Report on vaccination in the Province of Bengal - 1874-1889
Year: 1874
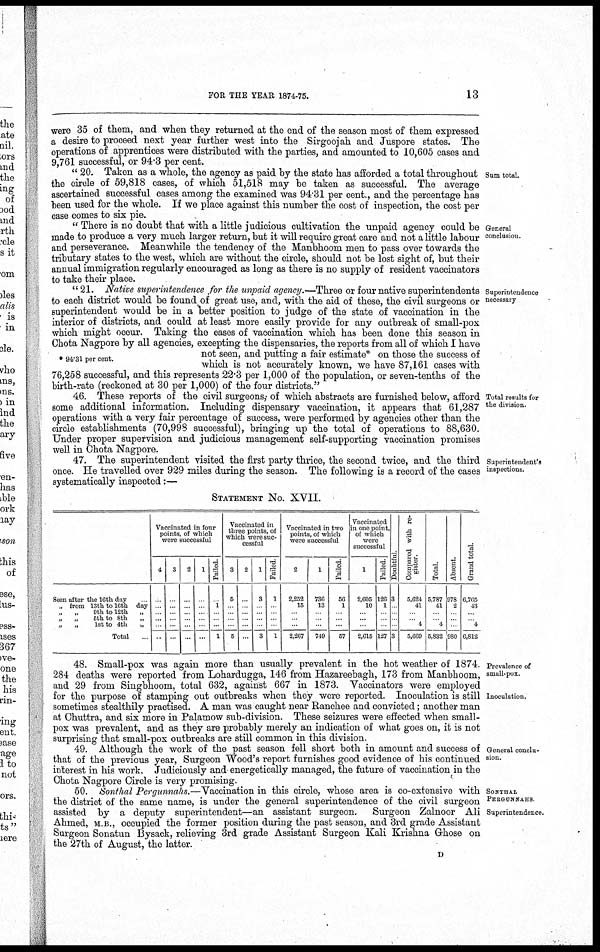
FOR THE YEAR 1874-75.
13
were 35 of them, and when they returned at the end of the season most of them expressed
a desire to proceed next year further west into the Sirgoojah and Juspore states. The
operations of apprentices were distributed with the parties, and amounted to 10,605 cases and
9,761 successful, or 94.3 per cent.
Sum total.
" 20. Taken as a whole, the agency as paid by the state has afforded a total throughout
the circle of 59,818 cases, of which 51,518 may be taken as successful. The average
ascertained successful cases among the examined was 94.31 per cent., and the percentage has
been used for the whole. If we place against this number the cost of inspection, the cost per
case comes to six pie.
General
conclusion.
" There is no doubt that with a little judicious cultivation the unpaid agency could be
made to produce a very much larger return, but it will require great care and not a little labour
and perseverance. Meanwhile the tendency of the Manbhoom men to pass over towards the
tributary states to the west, which are without the circle, should not be lost sight of, but their
annual immigration regularly encouraged as long as there is no supply of resident vaccinators
to take their place.
Superintendence
necessary
" 21. Native superintendence for the unpaid agency.—Three or four native superintendents
to each district would be found of great use, and, with the aid of these, the civil surgeons or
superintendent would be in a better position to judge of the state of vaccination in the
interior of districts, and could at least more easily provide for any outbreak of small-pox
which might occur. Taking the cases of vaccination which has been done this season in
* 94.31 per cent.
Chota Nagpore by all agencies, excepting the dispensaries, the reports from all of which I have
not seen, and putting a fair estimate* on those the success of
which is not accurately known, we have 87,161 cases with
76,258 successful, and this represents 22.3 per 1,000 of the population, or seven-tenths of the
birth-rate (reckoned at 30 per 1,000) of the four districts."
Total results for
the division
46. These reports of the civil surgeons, of which abstracts are furnished below, afford
some additional information. Including dispensary vaccination, it appears that 61,287
operations with a very fair percentage of success, were performed by agencies other than the
circle establishments (70,998 successful), bringing up the total of operations to 88,630.
Under proper supervision and judicious management self-supporting vaccination promises
well in Chota Nagpore.
Superintendent's
inspections.
47. The superintendent visited the first party thrice, the second twice, and the third
once. He travelled over 929 miles during the season. The following is a record of the cases
systematically inspected:—
STATEMENT No. XVII.
Seen after the 16th day
„ from 13th to 16th day
„ „ 9th to 12th „
„
„
5th to 8th
„
„
1st to 4th
„
Total
Vaccinated in four
points, of which
were successful
4
...
...
...
...
...
...
3
...
...
...
...
...
...
2
...
...
...
...
...
...
1
...
...
...
...
...
...
Failed
1
...
...
...
1
Vaccinated in
three points, of
which were suc-
cessful
3
5
...
...
...
...
5
2
...
...
...
...
...
...
1
3
...
...
...
...
3
Failed
1
...
...
...
...
1
Vaccinated in two
points, of which
were successful
2
2,252
16
...
...
...
2,267
1
736
13
...
...
...
749
Failed.
56
1
...
...
...
67
Vaccinated
in one point,
of winch
were
successful
1
2,605
10
...
...
...
2,615
Failed.
126
1
...
...
...
127
Doubtful.
3
...
...
...
...
3
Compared with re-
gister.
5,624
41
...
...
4
5,669
Total.
5,787
41
...
...
4
5,832
Absent.
978
2
...
...
...
980
Grand total.
6,765
43
...
...
4
6,812
Prevalence of
small-pox.
Inoculation.
48. Small-pox was again more than usually prevalent in the hot weather of 1874.
284 deaths were reported from Lohardugga, 146 from Hazareebagh, 173 from Manbhoom,
and 29 from Singbhoom, total 632, against 667 in 1873. Vaccinators were employed
for the purpose of stamping out outbreaks when they were reported. Inoculation is still
sometimes stealthily practised. A man was caught near Ranchee and convicted; another man
at Chuttra, and six more in Palamow sub-division. These seizures were effected when small-
pox was prevalent, and as they are probably merely an indication of what goes on, it is not
surprising that small-pox outbreaks are still common in this division.
General conclu-
sion.
49. Although the work of the past season fell short both in amount and success of
that of the previous year, Surgeon Wood's report furnishes good evidence of his continued
interest in his work. Judiciously and energetically managed, the future of vaccination in the
Chota Nagpore Circle is very promising.
SONTHAL
PERGUNNAHS.
Superintendence.
50. Sonthal Pergunnahs.—Vaccination in this circle, whose area is co-extensive with
the district of the same name, is under the general superintendence of the civil surgeon
assisted by a deputy superintendent—an assistant surgeon.
Surgeon Zalnoor Ali
Ahmed, M.B., occupied the former position during the past season, and 3rd grade Assistant
Surgeon Sonatun Bysack, relieving 3rd grade Assistant Surgeon Kali Krishna Ghose on
the 27th of August, the latter.
D